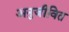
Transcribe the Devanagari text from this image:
अनुजीवित